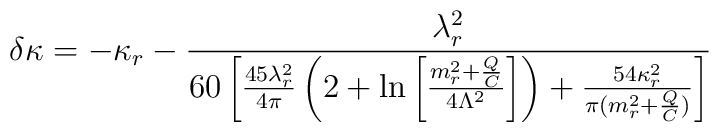
\delta \kappa =-\kappa _r-\frac{\lambda _r^2}{60\left[ \frac{45\lambda _r^2}{4\pi }\left( 2+\ln \left[ \frac{m_r^2+\frac QC}{4\Lambda ^2}\right] \right) +\frac{54\kappa _r^2}{\pi (m_r^2+\frac QC)}\right] }